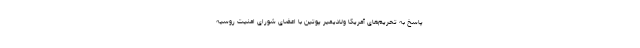
پاسخ به تحریم‌های آمریکا ولادیمیر پوتین با اعضای شورای امنیت روسیه